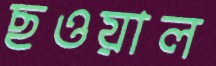
ছওয়াল